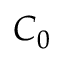
C _ { 0 }